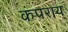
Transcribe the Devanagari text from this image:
कंपराय